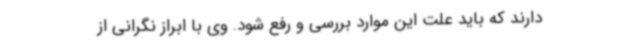
دارند که باید علت این موارد بررسی و رفع شود. وی با ابراز نگرانی از